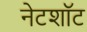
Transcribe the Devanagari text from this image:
नेटशॉट